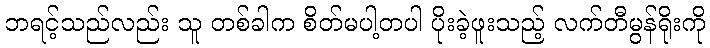
ဘရင့်သည်လည်း သူ တစ်ခါက စိတ်မပါ့တပါ ပိုးခဲ့ဖူးသည့် လက်တီမွန်ရိုးကို